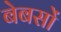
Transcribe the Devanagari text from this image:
बेबसों